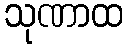
သုဏာထ